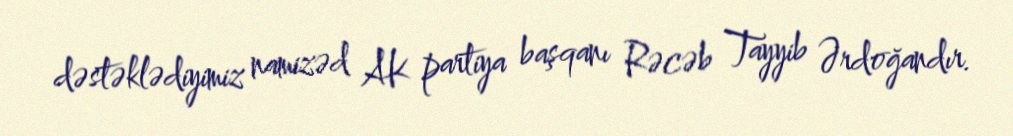
dəstəklədiyimiz namizəd AK partiya başqanı Rəcəb Tayyib Ərdoğandır.